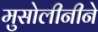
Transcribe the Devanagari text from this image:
मुसोलीनीने